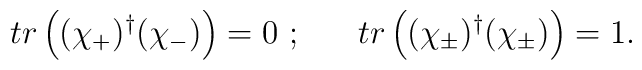
tr\left( (\chi_+)^{\dagger}(\chi_-)\right) = 0~; ~~~~~    tr\left( (\chi_\pm)^{\dagger}(\chi_\pm)\right) = 1.